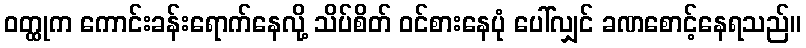
ဝတ္ထုက ကောင်းခန်းရောက်နေလို့ သိပ်စိတ် ဝင်စားနေပုံ ပေါ်လျှင် ခဏစောင့်နေရသည်။